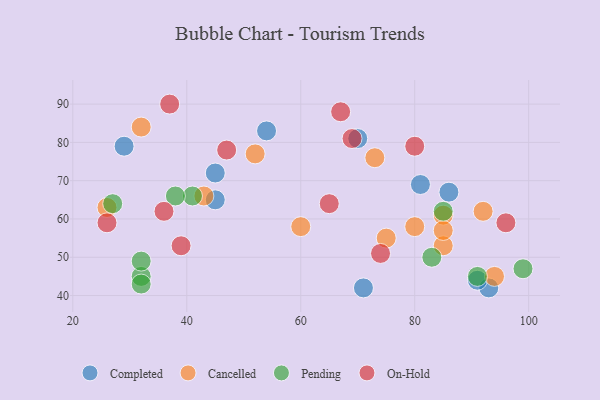
{"axis": {"x": "GDP", "y": "Life Expectancy"}, "legend": ["Cancelled", "Completed", "On-Hold", "Pending"], "data": [{"x": "81", "y": 69, "type": "Completed"}, {"x": "86", "y": 67, "type": "Completed"}, {"x": "70", "y": 81, "type": "Completed"}, {"x": "45", "y": 65, "type": "Completed"}, {"x": "45", "y": 72, "type": "Completed"}, {"x": "29", "y": 79, "type": "Completed"}, {"x": "71", "y": 42, "type": "Completed"}, {"x": "54", "y": 83, "type": "Completed"}, {"x": "93", "y": 42, "type": "Completed"}, {"x": "91", "y": 44, "type": "Completed"}, {"x": "80", "y": 58, "type": "Cancelled"}, {"x": "32", "y": 84, "type": "Cancelled"}, {"x": "85", "y": 53, "type": "Cancelled"}, {"x": "92", "y": 62, "type": "Cancelled"}, {"x": "94", "y": 45, "type": "Cancelled"}, {"x": "26", "y": 63, "type": "Cancelled"}, {"x": "52", "y": 77, "type": "Cancelled"}, {"x": "75", "y": 55, "type": "Cancelled"}, {"x": "85", "y": 61, "type": "Cancelled"}, {"x": "60", "y": 58, "type": "Cancelled"}, {"x": "73", "y": 76, "type": "Cancelled"}, {"x": "85", "y": 57, "type": "Cancelled"}, {"x": "43", "y": 66, "type": "Cancelled"}, {"x": "85", "y": 62, "type": "Pending"}, {"x": "91", "y": 45, "type": "Pending"}, {"x": "32", "y": 45, "type": "Pending"}, {"x": "83", "y": 50, "type": "Pending"}, {"x": "41", "y": 66, "type": "Pending"}, {"x": "38", "y": 66, "type": "Pending"}, {"x": "32", "y": 49, "type": "Pending"}, {"x": "27", "y": 64, "type": "Pending"}, {"x": "99", "y": 47, "type": "Pending"}, {"x": "32", "y": 43, "type": "Pending"}, {"x": "26", "y": 59, "type": "On-Hold"}, {"x": "96", "y": 59, "type": "On-Hold"}, {"x": "39", "y": 53, "type": "On-Hold"}, {"x": "47", "y": 78, "type": "On-Hold"}, {"x": "36", "y": 62, "type": "On-Hold"}, {"x": "69", "y": 81, "type": "On-Hold"}, {"x": "67", "y": 88, "type": "On-Hold"}, {"x": "74", "y": 51, "type": "On-Hold"}, {"x": "37", "y": 90, "type": "On-Hold"}, {"x": "65", "y": 64, "type": "On-Hold"}, {"x": "80", "y": 79, "type": "On-Hold"}]}